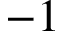
- 1